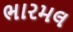
ભારમલ